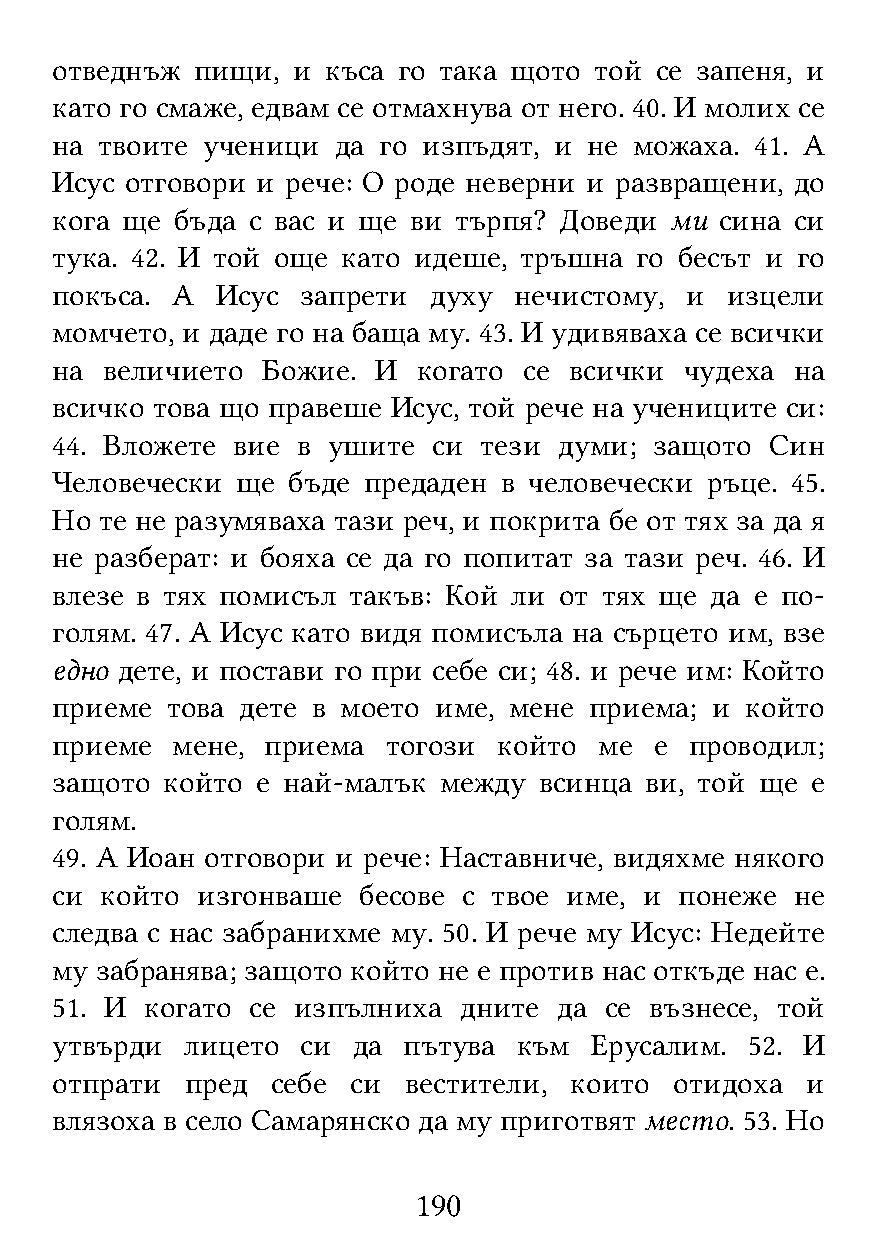
отведнъж  пищи, и  къса го така щото той се запеня, и
 като го смаже, едвам се отмахнува от него. 40. И молих се
 на твоите ученици  да го изпъдят, и не можаха. 41. А
 Исус отговори и рече: О роде неверни и развращени, до
 кога ще  бъда с вас и ще ви търпя? Доведи ми сина си
 тука. 42. И той още като идеше, тръшна го бесът и го
 покъса. А  Исус  запрети духу  нечистому, и  изцели
 момчето, и даде го на баща му. 43. И удивяваха се всички
 на  величието Божие.  И  когато се всички чудеха  на
 всичко това що правеше Исус, той рече на учениците си:
 44. Вложете вие  в ушите  си тези думи; защото  Син
 Человечески  ще бъде предаден в человечески ръце. 45.
 Но  те не разумяваха тази реч, и покрита бе от тях за да я
 не разберат: и бояха се да го попитат за тази реч. 46. И
 влезе в тях помисъл такъв: Кой ли от тях ще да е по-
 голям. 47. А Исус като видя помисъла на сърцето им, взе
 едно дете, и постави го при себе си; 48. и рече им: Който
 приеме  това дете в моето име, мене приема; и който
 приеме  мене,  приема  тогози който  ме е  проводил;
 защото  който е най-малък между  всинца ви, той ще е
 голям.
 49. А Иоан отговори и рече: Наставниче, видяхме някого
 си  който изгонваше  бесове с твое име, и понеже  не
 следва с нас забранихме му. 50. И рече му Исус: Недейте
 му забранява; защото който не е против нас откъде нас е.
 51. И  когато се изпълниха дните  да се възнесе, той
 утвърди  лицето  си да  пътува към  Ерусалим. 52. И
 отпрати  пред  себе си  вестители, които  отидоха и
 влязоха в село Самарянско да му приготвят место. 53. Но
 190